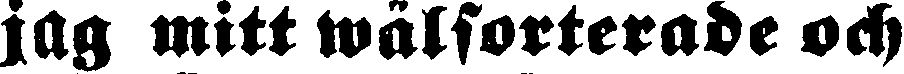
jag mitt walsorterade och